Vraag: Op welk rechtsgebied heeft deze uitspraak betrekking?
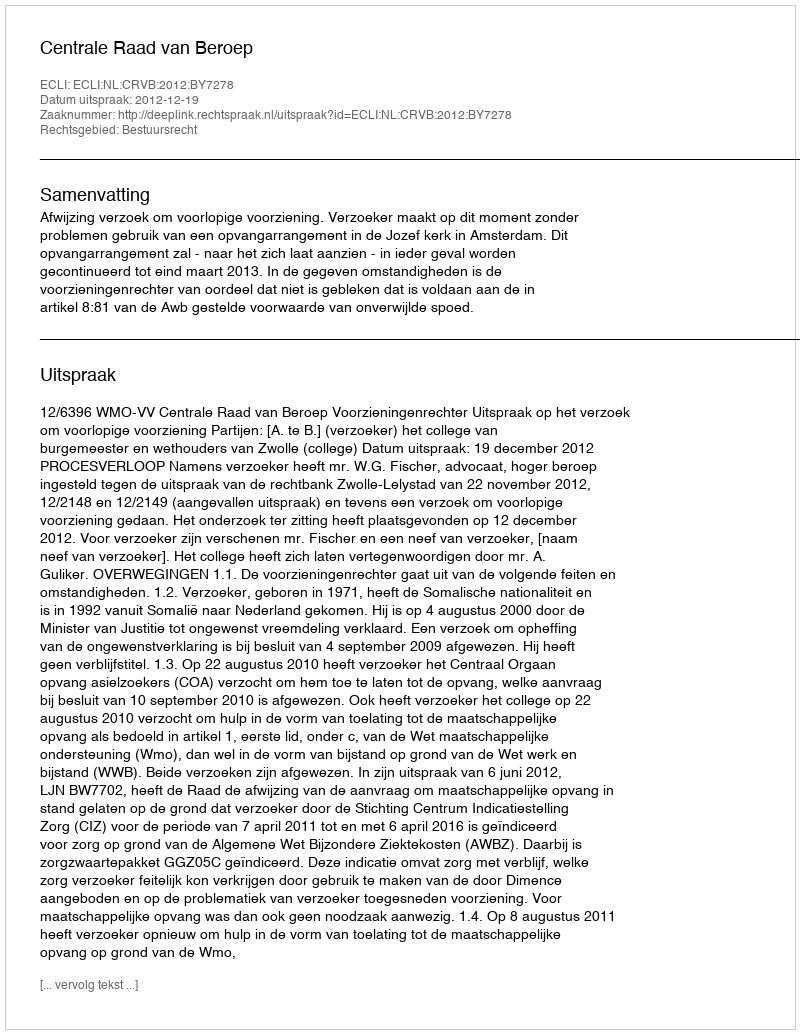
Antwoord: Bestuursrecht